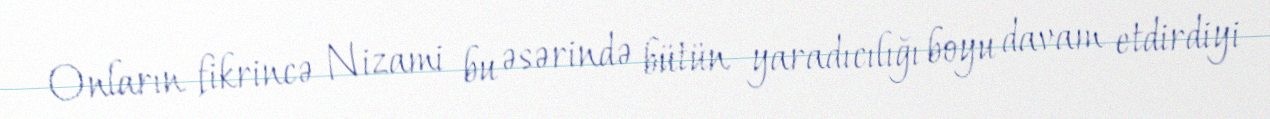
Onların fikrincə Nizami bu əsərində bütün yaradıcılığı boyu davam etdirdiyi